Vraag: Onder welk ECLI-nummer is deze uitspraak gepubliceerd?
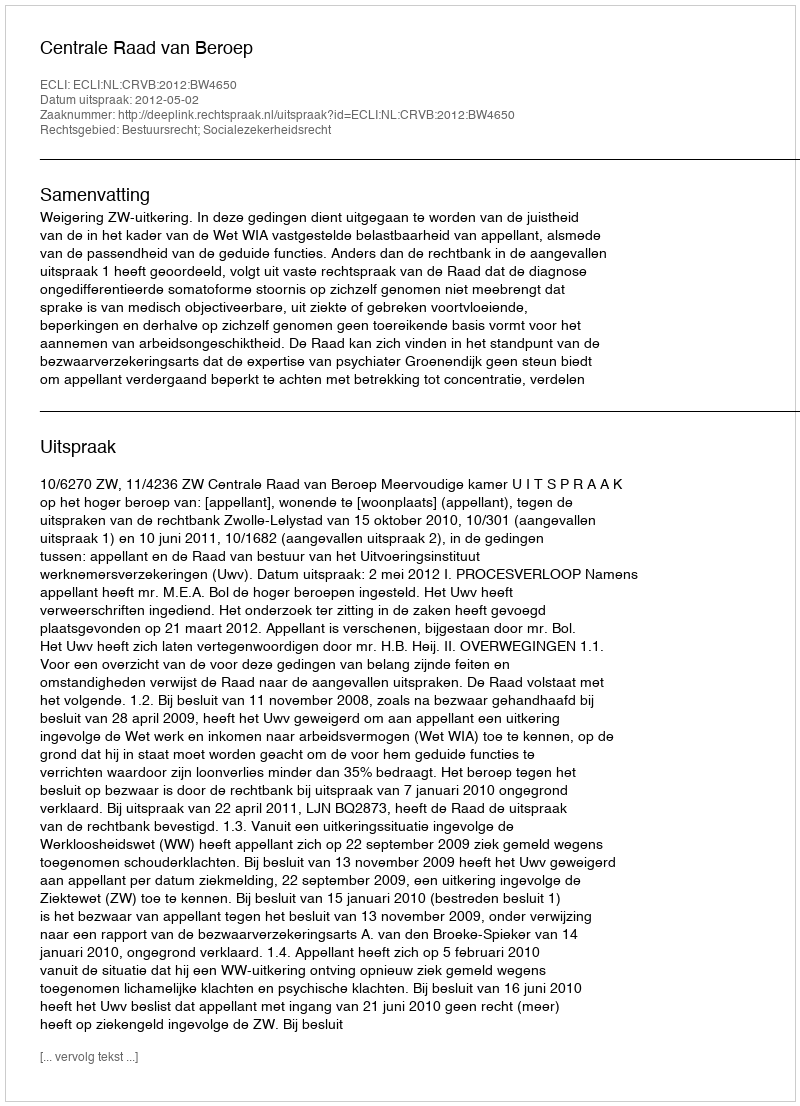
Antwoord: ECLI:NL:CRVB:2012:BW4650